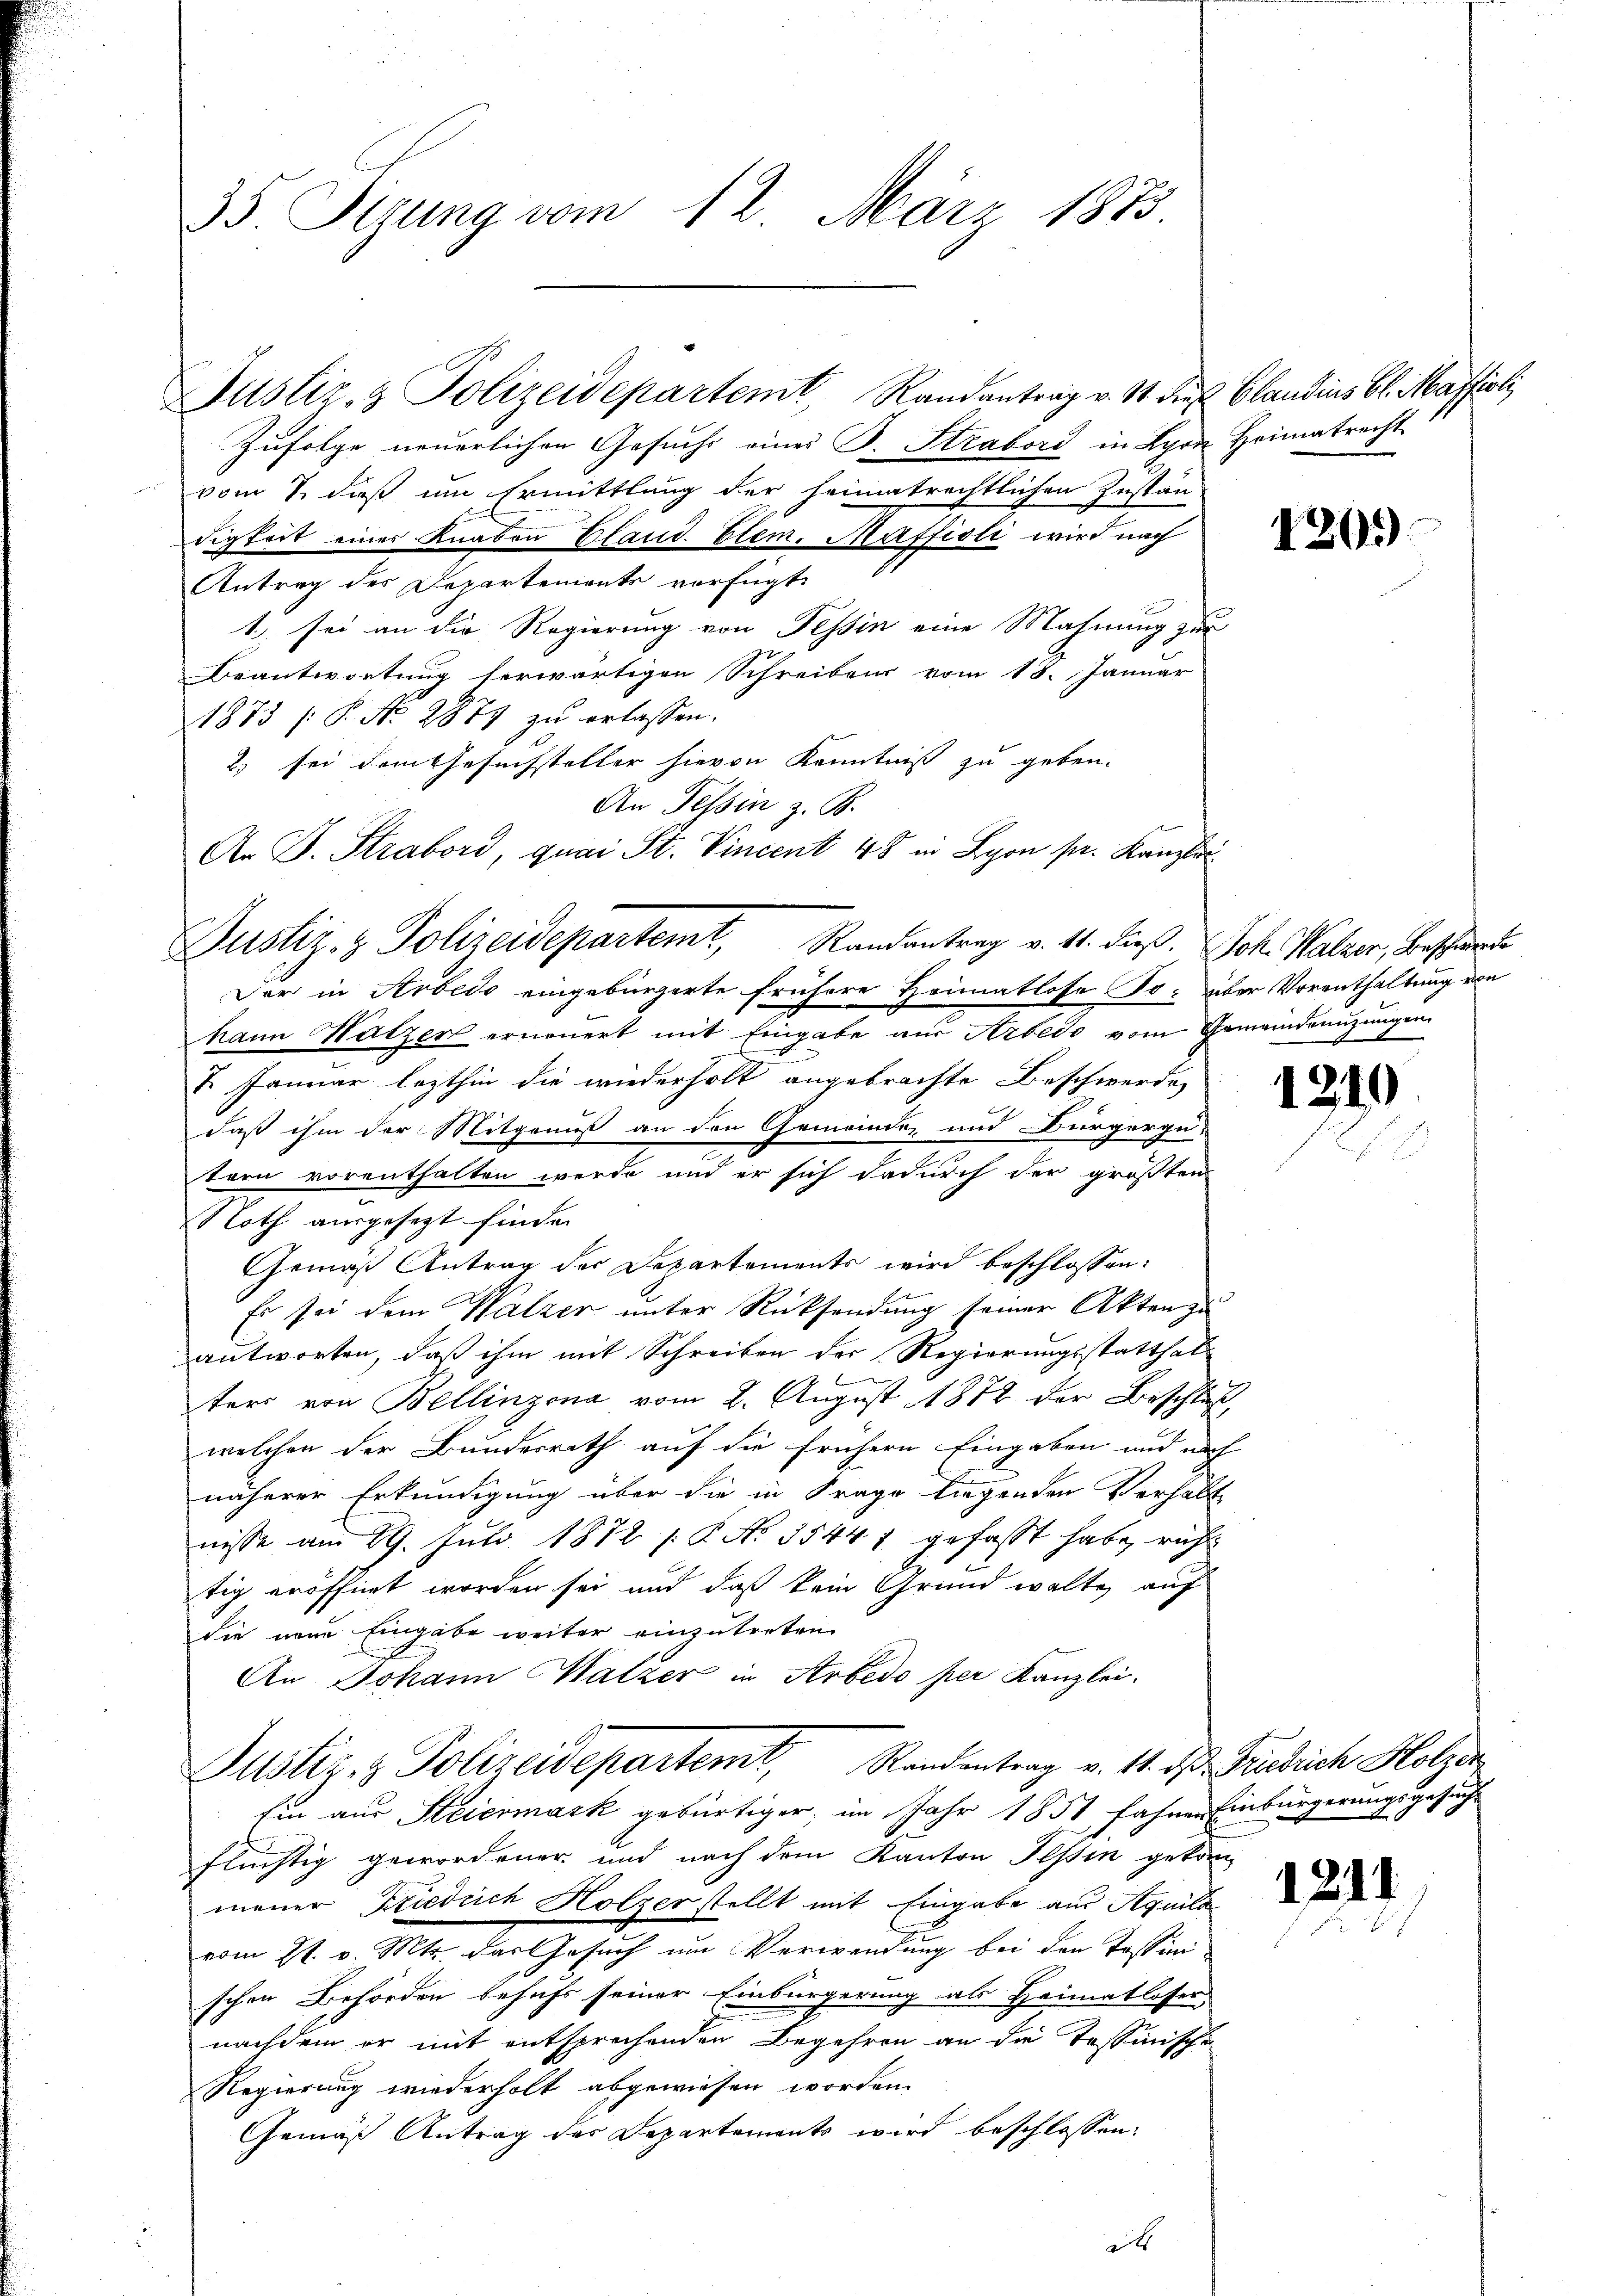
35. Setzung vom 12. März 1873.

Justiz- & Polizeidepartemt, Randantrag v. 1. dieß Claudius bl. Maffisli

Zufolge neuerlichen Gesuchs eines B. Strabord in Bern Heimatrecht
vom 7. dieß um Ermittlung der heimatrechtlichen Instän
digkeit einer Knaben Eland. Clem. Muffisli wird nach
Antrag des Departements verfügt:
1 sei an die Regierung von Tessin eine Mahnung zur
Beantwortung herwärtigen Schreiben vom 18. Januar
1873 (: P. No. 2874 zu erlassen.
2) sei dem Gesuchsteller hievon Kenntniß zu geben.
An Tessin z. B.
An J. Strabord, quai St. Vincent 48 in Lyon pr. Kanzlei
Der in Arbedo eingebürgerte frühere Heimatlose Fo- über Vorenthaltung von
hann Nutzer erneŭert mit Eingabe aŭs Arbedo vom Gemeindenŭzŭngen
7. Januar lezthin die wiederholt angebrachte Beschwerde
daß ihm der Mitgenuß an den Gemeinde, und Bürgergu-
tern vorenthalten werde und er sich dadurch der größten
Noth ausgesezt finde.
Gemäß Antrag der Departements wird beschlossen:
Es sei dem Walzer unter Rücksendung seiner Akten zu
antworten, daß ihm mit Schreiben der Regierungsstatthalters von Bellinzona vom 2. August 1872 der Beschluß,
welchen der Bundesrath auf die frühern Eingaben und nach
näherer Erkundigung über die in Frage liegenden Verhält
nisse am 29. Juli 1872 /: P. No. 35447 gefasst habe, richtig eröffnet worden sei und daß kein Grund walte, auf
die neue Eingabe weiter einzutreten
An Johann Malzer in Arbedo per Kanzlei.
Justiz- & Polizeidepartemt, Randentrag v. 11. d. Fabrich Holzer
hin aus Steiermark gebürtiger, im Jahr 1851, fahnen Einbürgerungsgesuch
flüchtig gewordener und nach dem Kanton Tessin gekom-
mener Friedrich Holzerstellt mit Eingabe aus Aquila
vom 21. v. Mts. das Gesuch um Verwendung bei den Tessini
schen Behörden behufs seiner Einbürgerung als Heimatlasser
nachdem er mit entsprechenden Begehren an die Tessinischen
Regierung wiederholt abgewiesen worden.
Gemäß Antrag des Departements wird beschlossen:
d

Justiz- & Polizeidepartemt, Randantrag v. 11. dieß. Joh. Walzer, Beschwerde

1201)

1219)

121)